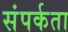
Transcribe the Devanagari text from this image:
संपर्कता